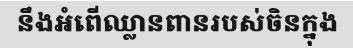
នឹងអំពើឈ្លានពានរបស់ចិនក្នុង